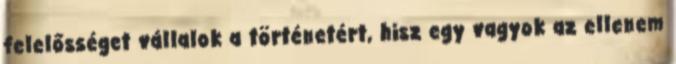
felelősséget vállalok a történetért, hisz egy vagyok az ellenem